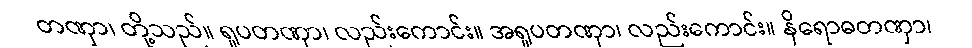
တဏှာ၊ တို့သည်။ ရူပတဏှာ၊ လည်းကောင်း။ အရူပတဏှာ၊ လည်းကောင်း။ နိရောဓတဏှာ၊